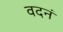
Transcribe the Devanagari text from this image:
वदनं